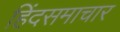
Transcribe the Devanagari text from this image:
हिंदसमाचार